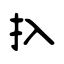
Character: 扖